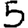
Digit: 5